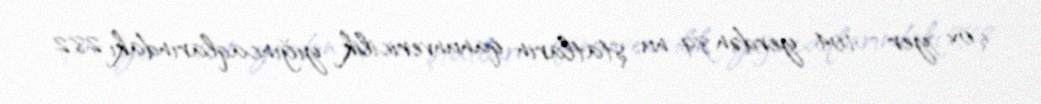
çox yer - 104 yerdən 89-nu, ştatların qanunvericilik yığıncaqlarındakı 282